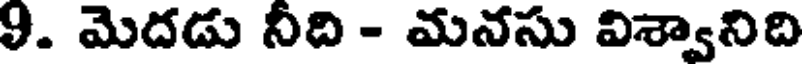
9. మెదడు నీది - మనసు విశ్వానిది